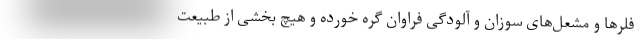
فلرها و مشعل‌های سوزان و آلودگی فراوان گره خورده و هیچ بخشی از طبیعت